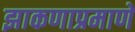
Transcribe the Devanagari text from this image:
झाकणाप्रमाणे